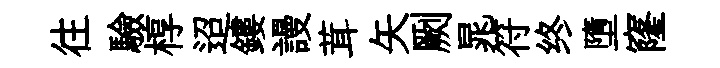
往驗椁迢鏤謾茸矢劂晁符终墮窿